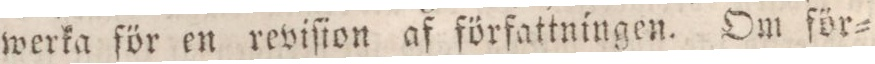
werka för en reviſion af författningen. Om för=